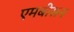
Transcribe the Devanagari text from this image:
एमबीसन